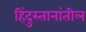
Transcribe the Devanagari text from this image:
हिंदुस्तानांतील